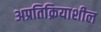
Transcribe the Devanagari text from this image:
अप्रतिक्रियाशील